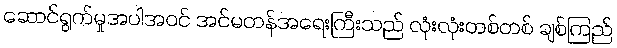
ဆောင်ရွက်မှုအပါအဝင် အင်မတန်အရေးကြီးသည် လုံးလုံးတစ်တစ် ချစ်ကြည်